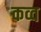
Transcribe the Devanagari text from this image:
कव्व